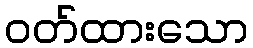
ဝတ်ထားသော